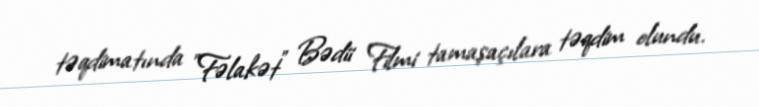
təqdimatında "Fəlakət" Bədii Filmi tamaşaçılara təqdim olundu.